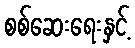
စစ်ဆေးရေးနှင့်